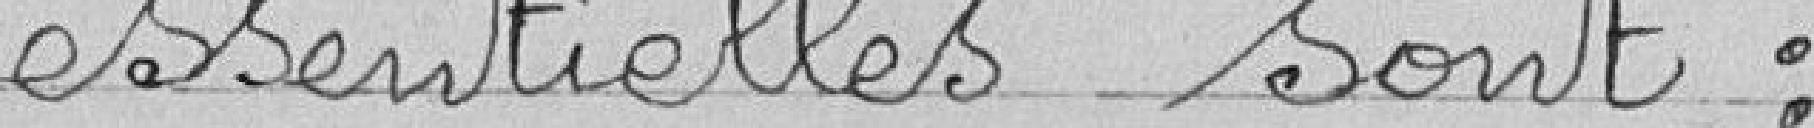
essentielles sont :